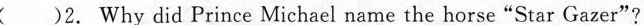
( )2. Why did Prince Michael name the horse"Star Gazer"?